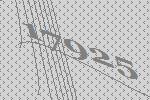
17925